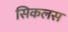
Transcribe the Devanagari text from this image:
सिकलस